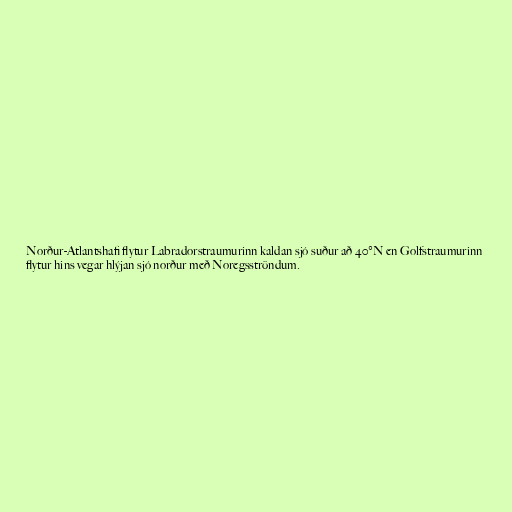
Norður-Atlantshafi flytur Labradorstraumurinn kaldan sjó suður að 40°N en Golfstraumurinn
flytur hins vegar hlýjan sjó norður með Noregsströndum.